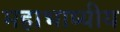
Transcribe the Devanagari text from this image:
महाभाष्यीय